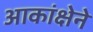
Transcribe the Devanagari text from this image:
आकांक्षेने